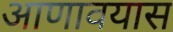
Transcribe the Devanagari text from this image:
आणावयास